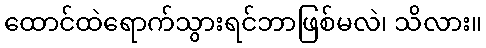
ထောင်ထဲရောက်သွားရင်ဘာဖြစ်မလဲ၊ သိလား။